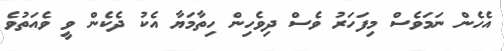
އެހެން ނަމަވެސް މިފަހަރު ވެސް ދިވެހިން ހިތާމަޔާ އެކު ދެކެން ވީ ވެއަތުވެ